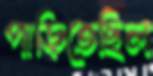
পাড়িতেছিল